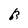
Character: 0